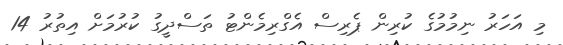
މި އަހަރު ނިމުމުގެ ކުރިން ޕެރިސް އެގްރިމެންޓު ތަސްދީގު ކުރުމަށް އިތުރު 14